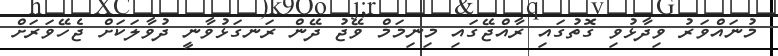
މުނައްވަރު ވިދާޅުވި ގޮތުގައި ރާއްޖޭގައި މިނިމަމް ވޭޖު ދޭން ރަނގަޅުވާނީ ދުވާލަކަށް ޖެހޭވަރަށް